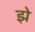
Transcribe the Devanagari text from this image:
झे